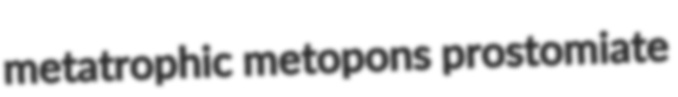
metatrophic metopons prostomiate